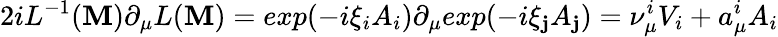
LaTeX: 2iL^{-1}(\mathbf{M})\partial_{\mu}L(\mathbf{M})=exp({-i}\xi_{i}A_{i})\partial_{\mu}exp({-i}\xi_{\mathbf{j}}A_{\mathbf{j}})=\nu_{\mu}^{i}V_{i}+a_{\mu}^{i}A_{i}